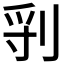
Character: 𠜖